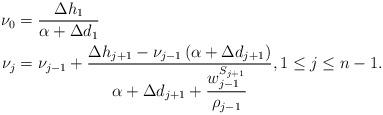
LaTeX: \begin{align*} \nu_0 & = \frac{\Delta h_1}{\alpha + \Delta d_1} \\\nu_j & = \nu_{j-1} + \frac{\displaystyle{\Delta h_{j+1} - \nu_{j-1} \, (\alpha + \Delta d_{j+1}})}{\displaystyle{\alpha + \Delta d_{j+1} + \frac{w^{S_{j+1}}_{j-1}}{\rho_{j-1}}}}, 1 \leq j \leq n-1.\end{align*}